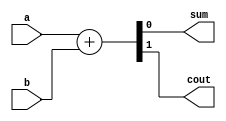
module halfadd ( input a, b, output reg sum, cout);
	always @ (a or b) begin
		{cout, sum} = a + b;
	end
endmodule